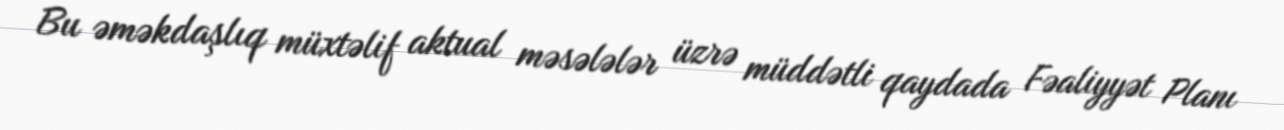
Bu əməkdaşlıq müxtəlif aktual məsələlər üzrə müddətli qaydada Fəaliyyət Planı